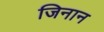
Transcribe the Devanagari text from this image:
जिनान